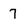
Character: 7